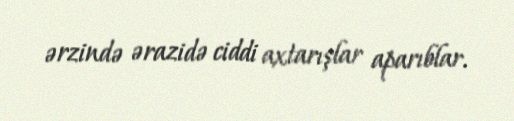
ərzində ərazidə ciddi axtarışlar aparıblar.